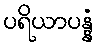
ပရိယာပန္နံ